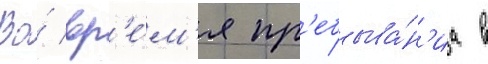
Во́ вр'е́м'я пр'ебыва́н'иа в